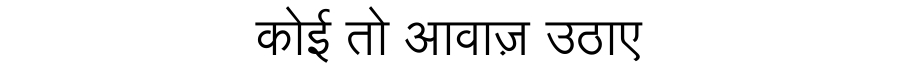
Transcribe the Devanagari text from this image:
कोई तो आवाज़ उठाए